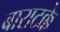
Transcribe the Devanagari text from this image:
बाराटक्के